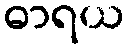
ဓာရယ